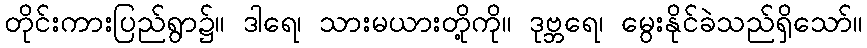
တိုင်းကားပြည်ရွာ၌။ ဒါရေ၊ သားမယားတို့ကို။ ဒုဗ္ဘရေ၊ မွေးနိုင်ခဲသည်ရှိသော်။